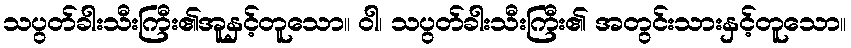
သပွတ်ခါးသီးကြီး၏အူနှင့်တူသော။ ဝါ၊ သပွတ်ခါးသီးကြီး၏ အတွင်းသားနှင့်တူသော။